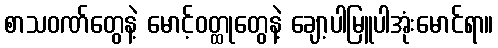
စာသဝဏ်တွေနဲ့ မောင့်ဝတ္ထုတွေနဲ့ ချော့ပါမြူပါအုံးမောင်ရာ။